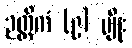
ဉတ္တိကံ (၉) မျိုး